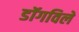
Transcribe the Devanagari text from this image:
डॉगविले